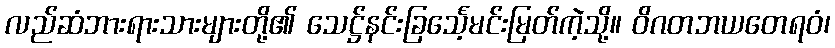
လည်ဆံဘားရားသားများတို့၏ သေဋ္ဌ်နင်းခြင်္သေ့မင်းမြတ်ကဲ့သို့။ ဝိဂတဘယတေရဝံ၊